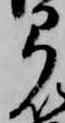
弓